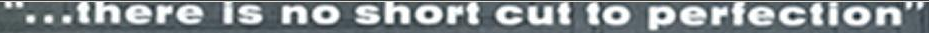
"...there is no short cut to perfection"